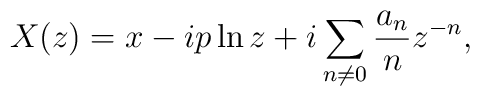
X(z)=x-ip\ln z+i\sum_{n\neq 0}\frac{a_n}n z^{-n},